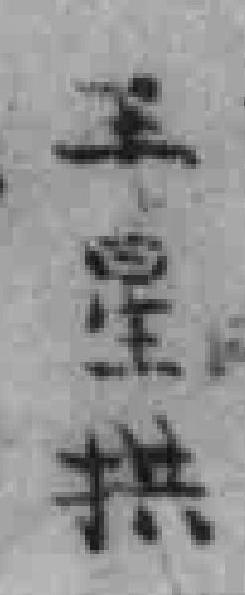
王星拱